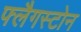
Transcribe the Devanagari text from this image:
फ्लैगस्टोन